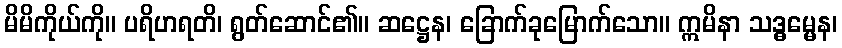
မိမိကိုယ်ကို။ ပရိဟရတိ၊ ရွတ်ဆောင်၏။ ဆဋ္ဌေန၊ ခြောက်ခုမြောက်သော။ ဣမိနာ သဒ္ဓမ္မေန၊